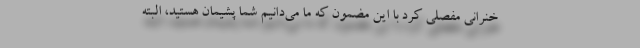
خنرانی مفصلی كرد با این مضمون كه ما می‌دانیم شما پشیمان هستید، البته